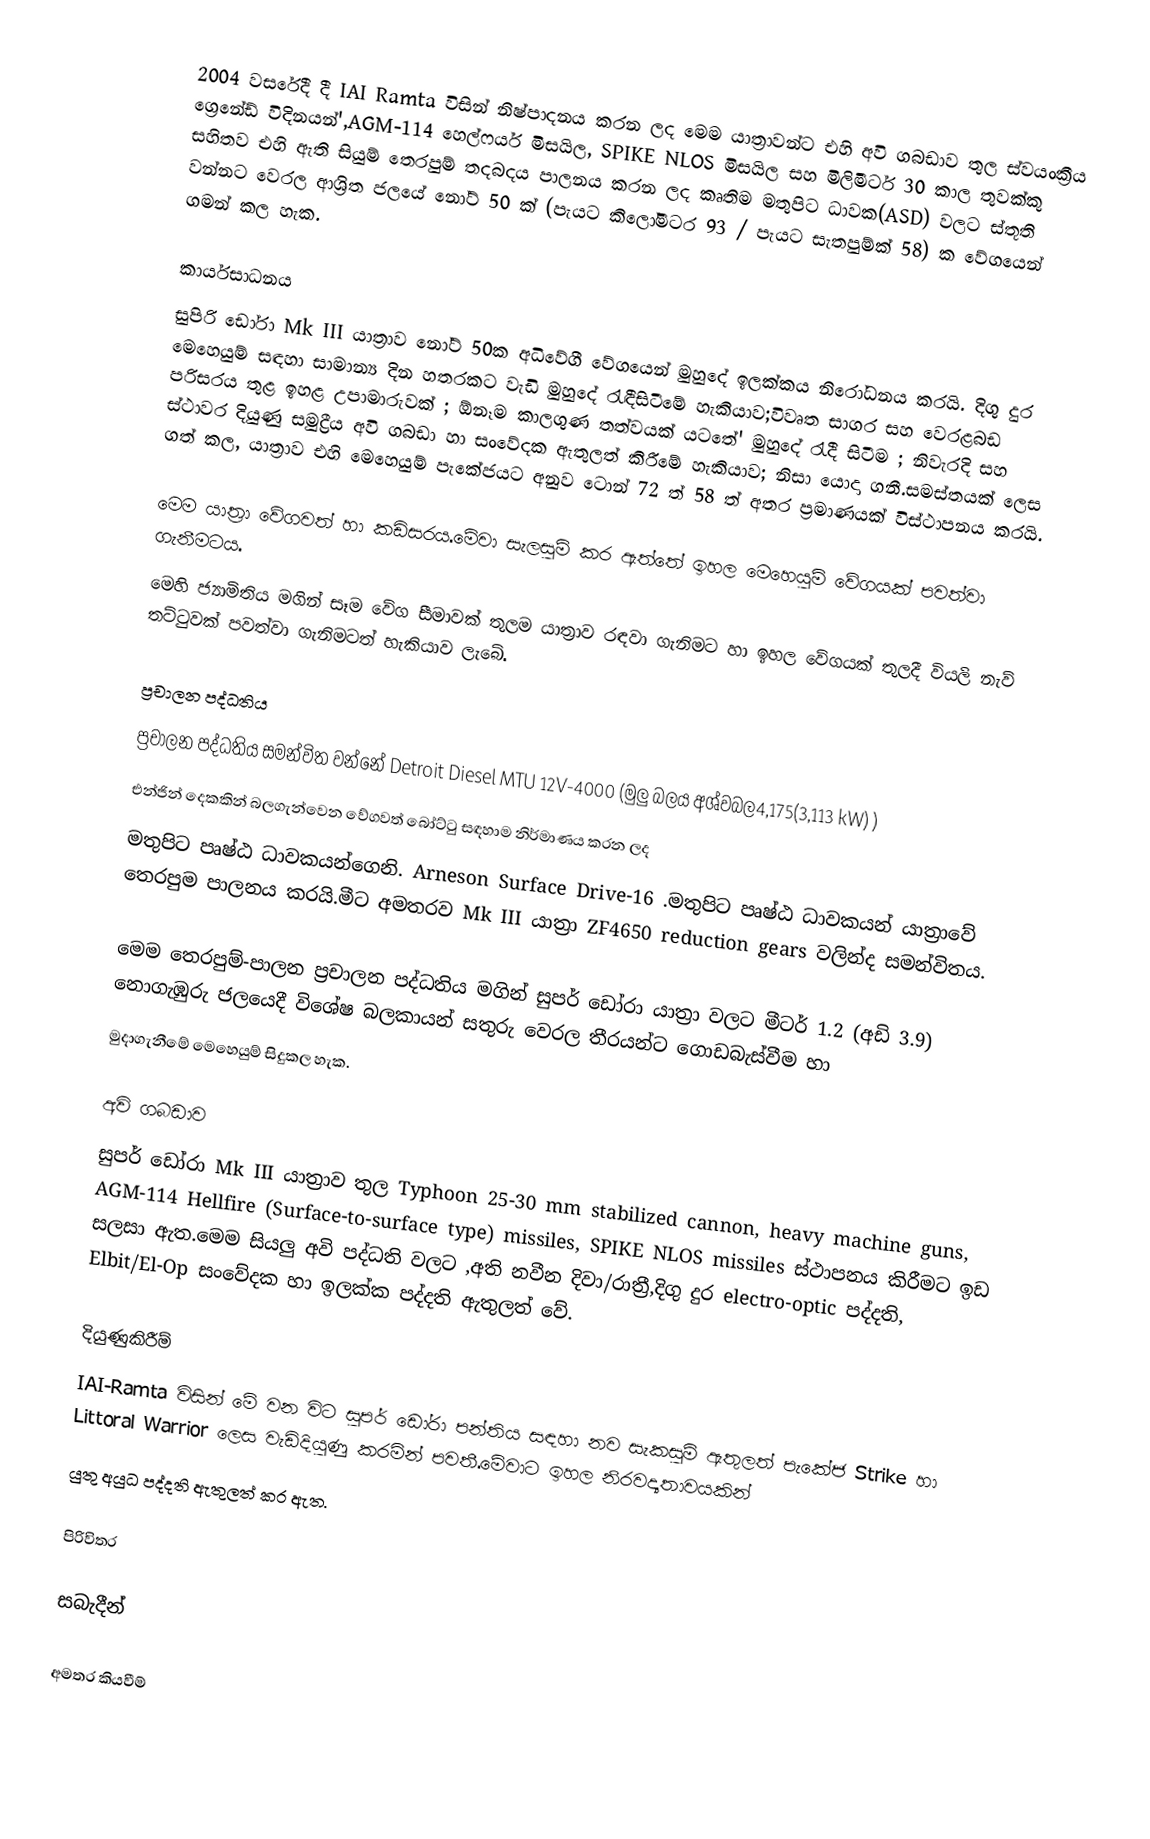
2004 වසරේදී දී IAI Ramta විසින් නිෂ්පාදනය කරන ලද මෙම යාත්‍රාවන්ට එහි අවි ගබඩාව තුල ස්වයංක්‍රීය ග්‍රෙනේඩ් විදිනයන්',AGM-114  හෙල්ෆයර් මිසයිල,  SPIKE NLOS මිසයිල සහ මිලිමීටර් 30 කාල තුවක්කු සහිතව  එහි ඇති සියුම් තෙරපුම් තදබදය පාලනය කරන ලද කෘතිම මතුපිට ධාවක(ASD)  වලට ස්තූති වන්නට වෙරල ආශ්‍රිත ජලයේ නෝට් 50 ක් (පැයට කිලෝමීටර 93 / පැයට සැතපුම්ක් 58) ක වේගයෙන් ගමන් කල හැක.

කාර්යසාධනය
සුපිරි ඩෝරා Mk III යාත්‍රාව නෝට් 50ක අධිවේගී වේගයෙන් මුහුදේ ඉලක්කය නිරෝධනය කරයි. දිගු දුර මෙහෙයුම් සඳහා සාමාන්‍ය දින හතරකට වැඩි මුහුදේ රැඳීසිටීමේ  හැකියාව;විවෘත සාගර සහ වෙරළබඩ පරිසරය තුළ ඉහළ උපාමාරුවක් ; ඕනෑම කාලගුණ තත්වයක් යටතේ' මුහුදේ රැදී සිටීම ; නිවැරදි සහ ස්ථාවර දියුණු සමුද්‍රීය අවි ගබඩා හා සංවේදක ඇතුලත් කිරීමේ හැකියාව;  නිසා යොදා ගනී.සමස්තයක් ලෙස ගත් කල, යාත්‍රාව එහි මෙහෙයුම් පැකේජයට අනුව ටොන් 72 ත් 58 ත් අතර ප්‍රමාණයක් විස්ථාපනය කරයි.

මෙම යාත්‍රා වේගවත් හා කඩිසරය.මේවා සැලසුම් කර ඇත්තේ ඉහල මෙහෙයුම් වේගයක් පවත්වා ගැනීමටය. 
මෙහි ජ්‍යාමිතිය මගින් සෑම වේග සීමාවක් තුලම යාත්‍රාව  රඳවා ගැනිමට හා ඉහල වේගයක් තුලදී වියලි නැව් තට්ටුවක් පවත්වා ගැනිමටත් හැකියාව ලැබේ.

ප්‍රචාලන පද්ධතිය
ප්‍රචාලන පද්ධතිය සමන්විත වන්නේ Detroit Diesel MTU 12V-4000 (මුලු බලය අශ්වබල4,175(3,113 kW) ) 
එන්ජින් දෙකකින්  බලගැන්වෙන වේගවත් බෝට්ටු සඳහාම නිර්මාණය කරන ලද
මතුපිට පෘෂ්ඨ ධාවකයන්ගෙනි. Arneson Surface Drive-16 .මතුපිට පෘෂ්ඨ ධාවකයන් යාත්‍රාවේ  තෙරපුම පාලනය කරයි.මීට අමතරව Mk III  යාත්‍රා ZF4650 reduction gears වලින්ද සමන්විතය. 

මෙම තෙරපුම්-පාලන ප්‍රචාලන පද්ධතිය මගින් සුපර් ඩෝරා යාත්‍රා  වලට මීටර් 1.2 (අඩි 3.9)  නොගැඹුරු ජලයෙදී විශේෂ බලකායන් සතුරු වෙරල තීරයන්ට ගොඩබැස්වීම හා 
මුදාගැනීමේ මෙහෙයුම් සිදුකල හැක.

අවි ගබඩාව
සුපර් ඩෝරා Mk III යාත්‍රාව තුල  Typhoon 25-30 mm stabilized cannon, heavy machine guns, AGM-114 Hellfire (Surface-to-surface type) missiles, SPIKE NLOS missiles ස්ථාපනය කිරීමට ඉඩ සලසා ඇත.මෙම සියලු අවි පද්ධති  වලට ,අති නවීන  දිවා/රාත්‍රී,දිගු දුර electro-optic  පද්දති, Elbit/El-Op සංවේදක හා ඉලක්ක පද්දති ඇතුලත් වේ.

දියුණුකිරීම්
IAI-Ramta විසින් මේ වන විට සුපර් ඩෝරා පන්තිය සඳහා නව සැකසුම්  ඇතුලත් පැකේජ   Strike හා  Littoral Warrior  ලෙස වැඩිදියුණු කරමින් පවතී.මේවාට ඉහල නිරවද්‍යතාවයකින් 
යුතු අයුධ පද්දති ඇතුලත් කර ඇත.

පිරිවිතර

සබැදීන්

අමතර කියවීම්